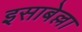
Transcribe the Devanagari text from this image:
इसाबेल्ला